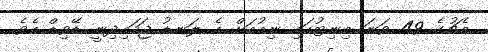
މެޗުގެ 49 ވަނަ މިނިޓުގައި ނިއުއަށް އެ ލަނޑު ޖަހައިދިނީ ޑޭވިޑް އެވެ.